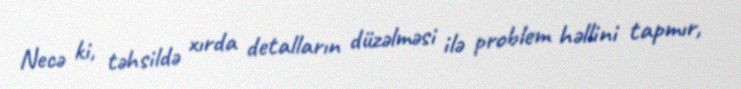
Necə ki, təhsildə xırda detalların düzəlməsi ilə problem həllini tapmır,